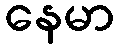
နေမာ